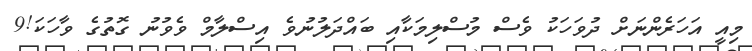
މިއީ އަހަރެންނަށް ދުވަހަކު ވެސް މުސްލިމަކާއި ބައްދަލުނުވެ އިސްލާމް ވެވުނު ގޮތުގެ ވާހަކަ!9